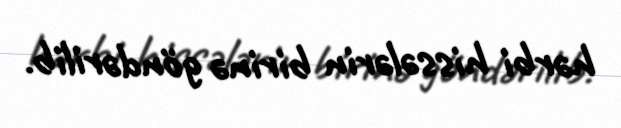
hərbi hissələrin birinə göndərilib.